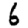
Digit: 6